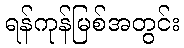
ရန်ကုန်မြစ်အတွင်း